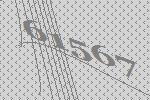
61567